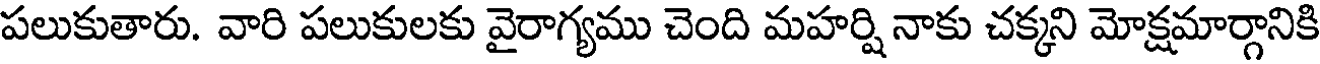
పలుకుతారు. వారి పలుకులకు వైరాగ్యము చెంది మహర్షి నాకు చక్కని మోక్షమార్గానికి